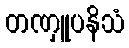
တဏှူပနိသံ